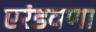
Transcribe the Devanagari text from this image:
एरंडवणा